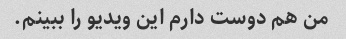
من هم دوست دارم این ویدیو را ببینم.